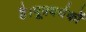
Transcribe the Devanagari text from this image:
है।मूत्रवर्धकों